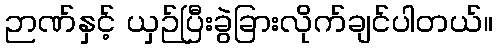
ဉာဏ်နှင့် ယှဉ်ပြီးခွဲခြားလိုက်ချင်ပါတယ်။